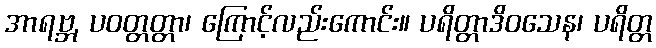
အာရဗ္ဘ, ပဝတ္တတ္တာ၊ ကြောင့်လည်းကောင်း။ ပရိတ္တာဒိဝသေန၊ ပရိတ္တ